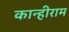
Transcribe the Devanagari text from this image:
कान्हीराम